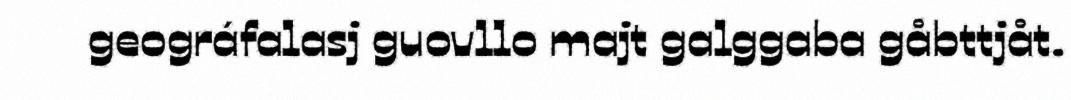
geográfalasj guovllo majt galggaba gåbttjåt.